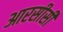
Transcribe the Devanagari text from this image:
आरसीसी